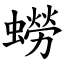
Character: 蟧